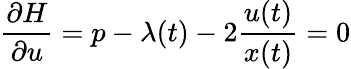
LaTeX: {\frac{\partial H}{\partial u}}=p-\lambda(t)-2{\frac{u(t)}{x(t)}}=0